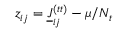
z _ { i j } = \underline { { J } } _ { i j } ^ { ( t t ) } - \mu / N _ { t }